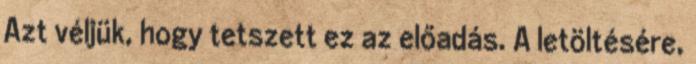
Azt véljük, hogy tetszett ez az előadás. A letöltésére,